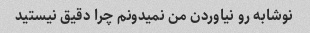
نوشابه رو نیاوردن من نمیدونم چرا دقیق نیستید